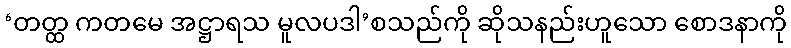
‘တတ္ထ ကတမေ အဋ္ဌာရသ မူလပဒါ’စသည်ကို ဆိုသနည်းဟူသော စောဒနာကို